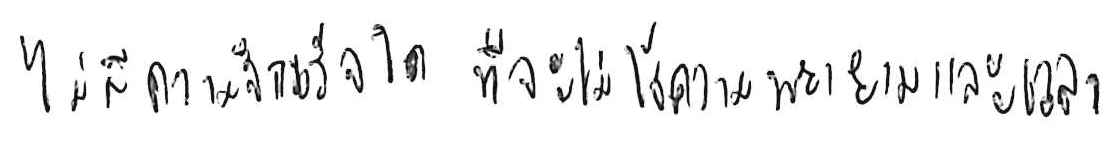
ไม่มีความสำเร็จใด ที่จะไม่ใช้ความพยายามและเวลา